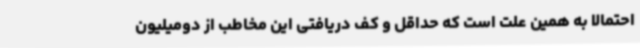
احتمالا به همین علت است که حداقل و کف دریافتی این مخاطب از دومیلیون